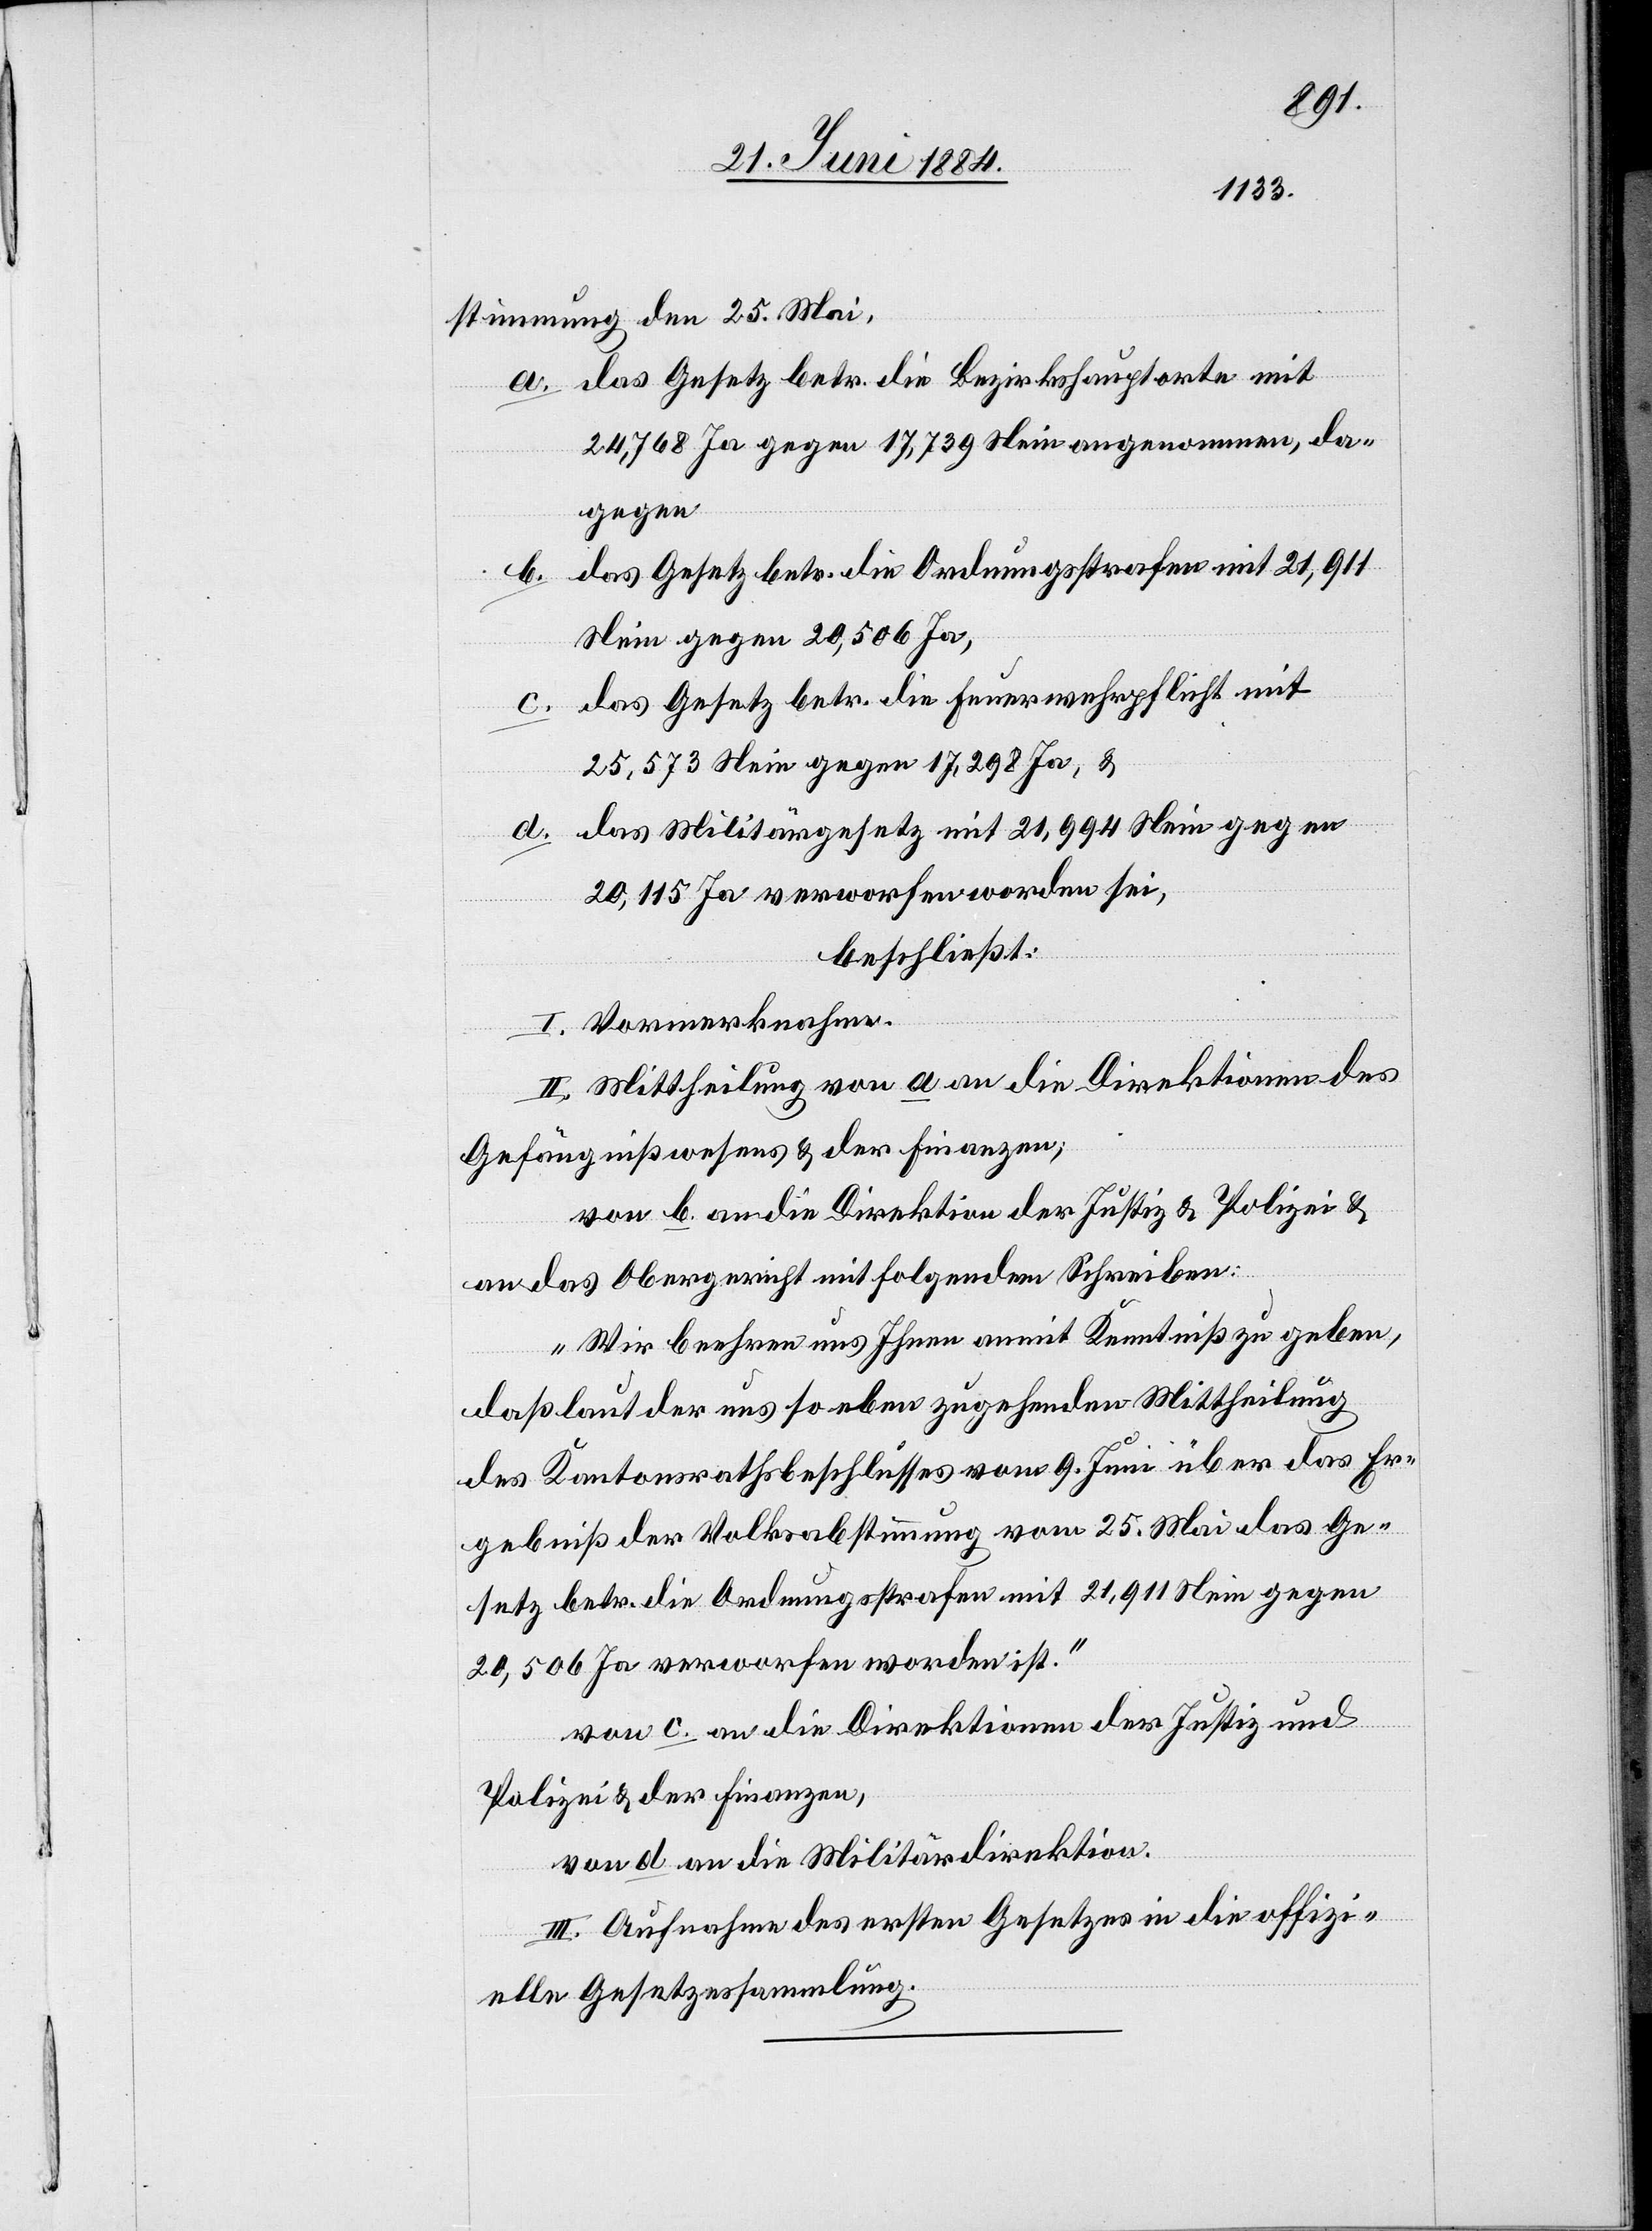
stimmung den 25. Mai,
a. das Gesetz betr. die Bezirkshauptorte mit
24,768 Ja gegen 17,739 Nein angenommen, da¬
gegen
das Gesetz betr. die Ordnungsstrafen mit 21,911
b.
Nein gegen 20,506 Ja,
c. das Gesetz betr. die Feuerwehrpflicht mit
25,573 Nein gegen 17,298 Ja, &
d. das Militärgesetz mit 21,994 Nein gegen
20,115 Ja verworfen worden sei,
beschließt:
I. Vormerknahme.
II. Mittheilung von a an die Direktionen des
Gefängnißwesens & der Finanzen;
von b an die Direktion der Justiz & Polizei &
an das Obergericht mit folgendem Schreiben:
„Wir beehren uns Ihnen anmit Kenntniß zu geben,
daß laut der uns so eben zugehenden Mittheilung
des Kantonsrathsbeschlusses vom 9. Juni über das Er¬
gebniß der Volksabstimmung vom 25. Mai das Ge¬
setz betr. die Ordnungsstrafen mit 21,911 Nein gegen
20,506 Ja verworfen worden ist.“
von c. an die Direktion der Justiz und
Polizei & der Finanzen,
von d. an die Militärdirektion.
III. Aufnahme des ersten Gesetzes in die offizi¬
elle Gesetzessammlung.